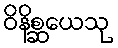
ဝိနိစ္ဆယေသု